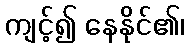
ကျင့်၍ နေနိုင်၏၊